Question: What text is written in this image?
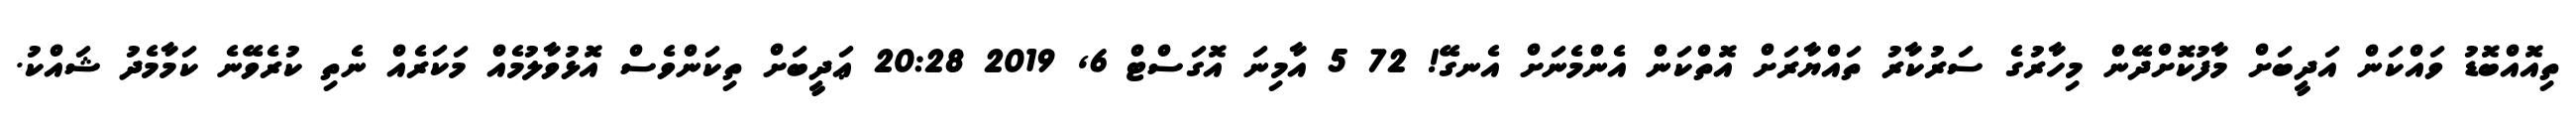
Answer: ތިއޮއްބޮޑު ވައްކަން އަދީބަށް މާފުކޮށްދޭން މިހާރުގެ ސަރުކާރު ތައްޔާރަށް އޮތްކަން އެންމެނަށް އެނގޭ! 72 5 އާމިނަ އޮގަސްޓް 6, 2019 20:28 ޢަދީބަށް ތިކަންވެސް އޮޅުވާލުމެއް މަކަރެއް ނެތި ކުރެވޭނެ ކަމާމެދު ޝައްކު.